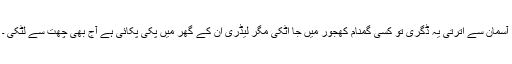
آسمان سے اترتی یہ ڈگری تو کسی گمنام کھجور میں جا اٹکی مگر لیڈری ان کے گھر میں پکی پکائی ہے آج بھی چھت سے لٹکی ۔